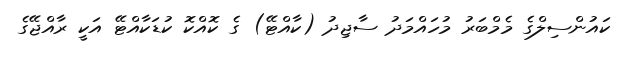
ކައުންސިލްގެ މެމްބަރު މުހައްމަދު ސާޖިދު (ކާއްޓޭ) ގެ ކޮއްކޮ ކުޑަކާއްޓޭ އަކީ ރާއްޖޭގެ